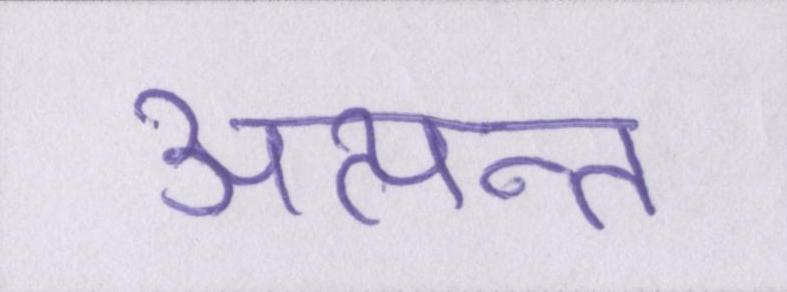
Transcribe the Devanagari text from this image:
अत्यन्त